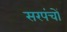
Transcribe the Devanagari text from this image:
सरपंचों